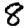
Digit: 8